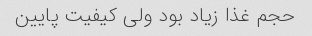
حجم غذا زیاد بود ولی کیفیت پایین